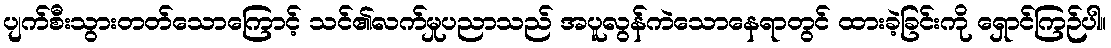
ပျက်စီးသွားတတ်သောကြောင့် သင်၏လက်မှုပညာသည် အပူလွန်ကဲသောနေရာတွင် ထားခဲ့ခြင်းကို ရှောင်ကြဉ်ပါ။